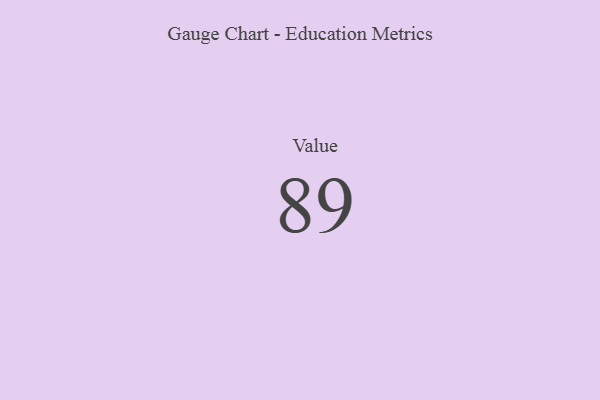
{"axis": {"x": "Metric", "y": "Value"}, "legend": [""], "data": [{"x": "Value", "y": 89, "type": ""}]}